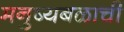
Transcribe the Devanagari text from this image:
मनुष्यबळाची